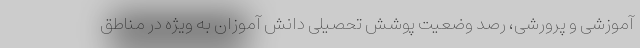
آموزشی و پرورشی، رصد وضعیت پوشش تحصیلی دانش آموزان به ویژه در مناطق